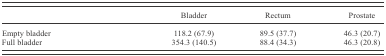
|  | Bladder | Rectum | Prostate |
 | --- | --- | --- | --- |
 | Empty bladder | 118.2 (67.9) | 89.5 (37.7) | 46.3 (20.7) |
 | Full bladder | 354.3 (140.5) | 88.4 (34.3) | 46.3 (20.8) |